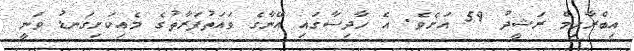
އިބްރާހިމް ރަޝީދު 59 އަށެވެ. އެ ހާދިސާގައި އޭނާގެ ވައަތުފަރާތުގެ މެއިކަށިގަނޑު ވަނީ